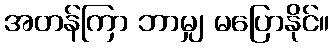
အတန်ကြာ ဘာမျှ မပြောနိုင်။